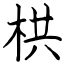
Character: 栱